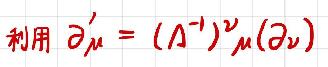
利用 $\partial'_{\mu}=(\Lambda^{-1})^{\nu}_{\mu}(\partial_{\nu})$